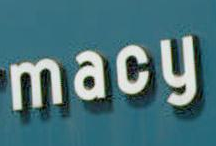
macy